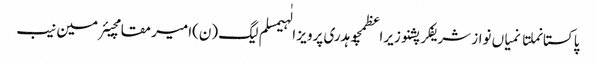
پاکستانملتانمیاں نواز شریفکرپشنوزیراعظمچوہدری پرویز الٰہیمسلم لیگ (ن)امیر مقامچیئرمین نیب